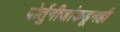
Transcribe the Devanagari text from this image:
पोर्तुगीजांकडूनही